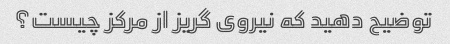
توضیح دهید که نیروی گریز از مرکز چیست؟